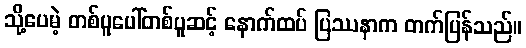
သို့ပေမဲ့ တစ်ပူပေါ်တစ်ပူဆင့် နောက်ထပ် ပြဿနာက တက်ပြန်သည်။